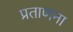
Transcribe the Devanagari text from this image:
प्रताणना